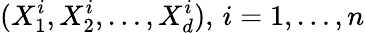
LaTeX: (X_{1}^{i},X_{2}^{i},\dots,X_{d}^{i}),\, i=1,\dots,n